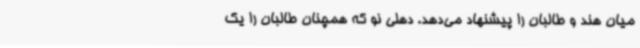
میان هند و طالبان را پیشنهاد می‌دهد. دهلی نو که همچنان طالبان را یک